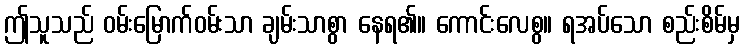
ဤသူသည် ဝမ်းမြောက်ဝမ်းသာ ချမ်းသာစွာ နေရ၏။ ကောင်းလေစွ။ ရအပ်သော စည်းစိမ်မှ